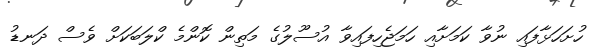
ހުށަހަޅާފައި ނުވާ ކަމަށާއި ހަމަޖެހިފައިވާ އުސޫލުގެ މަތިން ކޮންމެ ކްލަބަކަށް ވެސް ދަނޑު